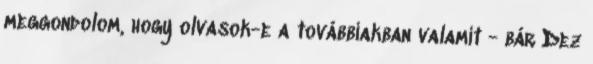
meggondolom, hogy olvasok-e a továbbiakban valamit - bár Dez